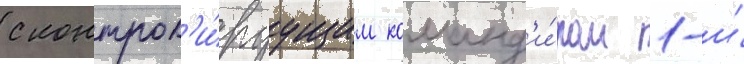
с контрол'и́руущим команд'и́ром 1-и́